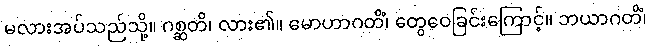
မလားအပ်သည်သို့။ ဂစ္ဆတိ၊ လား၏။ မောဟာဂတိံ၊ တွေဝေခြင်းကြောင့်။ ဘယာဂတိံ၊